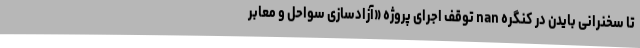
تا سخنرانی بایدن در کنگره nan توقف اجرای پروژه «آزادسازی سواحل و معابر